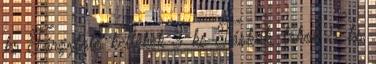
ks Tárgyfotó kellékek 3 ks Táskák, tokok 5 ks